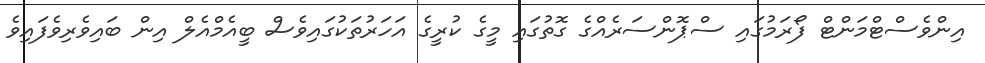
އިންވެސްޓްމަންޓް ފޯރަމުގައި ސްޕޮންސަރެއްގެ ގޮތުގައި މީގެ ކުރީގެ އަހަރުތަކުގައިވެސް ބީއެމްއެލް އިން ބައިވެރިވެފައިވެ